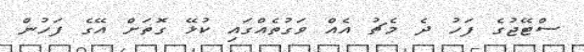
ސްޓޭޖުގެ ފަހު ދެ މެޗު އެއް ވަގުތެއްގައި ކުޅޭ ގޮތަށް އޭގެ ފަހުން